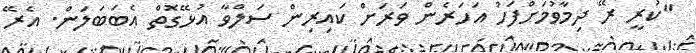
"ކުރީ ރޭ ދިމާވުމަށްފަހު އަހަރެން ވަރަށް ކައިރިން ސަލްވާ އުޅޭގޮތް އެބަބަލަން. އެރޭ